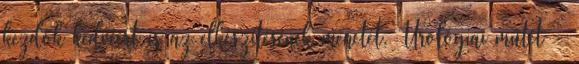
kezdők kedvéért is az elkészítésének menetét. Urológiai műtét -